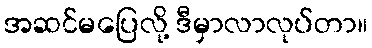
အဆင်မပြေလို့ ဒီမှာလာလုပ်တာ။